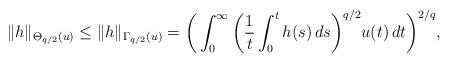
LaTeX: \begin{align*}\|h\|_{\Theta_{q/2}(u)}\le\|h\|_{\Gamma_{q/2}(u)}=\bigg(\int_0^\infty\bigg(\frac1t\int_0^th(s)\,ds\bigg)^{q/2}u(t)\,dt\bigg)^{2/q},\end{align*}